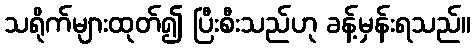
သရိုက်များထုတ်၍ ပြီးစီးသည်ဟု ခန့်မှန်းရသည်။